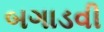
બગાડવી